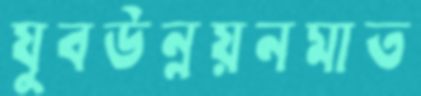
যুবউন্নয়নমাত